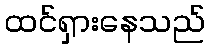
ထင်ရှားနေသည်